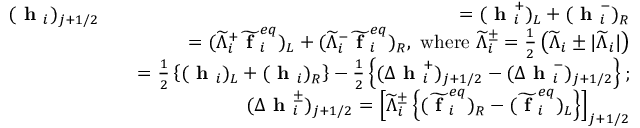
\begin{array} { r l r } { ( \textbf { h } _ { i } ) _ { j + 1 / 2 } } & { } & { = ( \textbf { h } _ { i } ^ { + } ) _ { L } + ( \textbf { h } _ { i } ^ { - } ) _ { R } } \\ & { } & { = ( \widetilde { \Lambda } _ { i } ^ { + } \widetilde { \textbf { f } } _ { i } ^ { e q } ) _ { L } + ( \widetilde { \Lambda } _ { i } ^ { - } \widetilde { \textbf { f } } _ { i } ^ { e q } ) _ { R } \mathrm { , ~ w h e r e ~ } \widetilde { \Lambda } _ { i } ^ { \pm } = \frac { 1 } { 2 } \left( \widetilde { \Lambda } _ { i } \pm | \widetilde { \Lambda } _ { i } | \right) } \\ & { } & { = \frac { 1 } { 2 } \left\{ ( \textbf { h } _ { i } ) _ { L } + ( \textbf { h } _ { i } ) _ { R } \right\} - \frac { 1 } { 2 } \left\{ ( \Delta \textbf { h } _ { i } ^ { + } ) _ { j + 1 / 2 } - ( \Delta \textbf { h } _ { i } ^ { - } ) _ { j + 1 / 2 } \right\} ; } \\ & { } & { ( \Delta \textbf { h } _ { i } ^ { \pm } ) _ { j + 1 / 2 } = \left[ \widetilde { \Lambda } _ { i } ^ { \pm } \left\{ ( \widetilde { \textbf { f } } _ { i } ^ { e q } ) _ { R } - ( \widetilde { \textbf { f } } _ { i } ^ { e q } ) _ { L } \right\} \right] _ { j + 1 / 2 } } \end{array}